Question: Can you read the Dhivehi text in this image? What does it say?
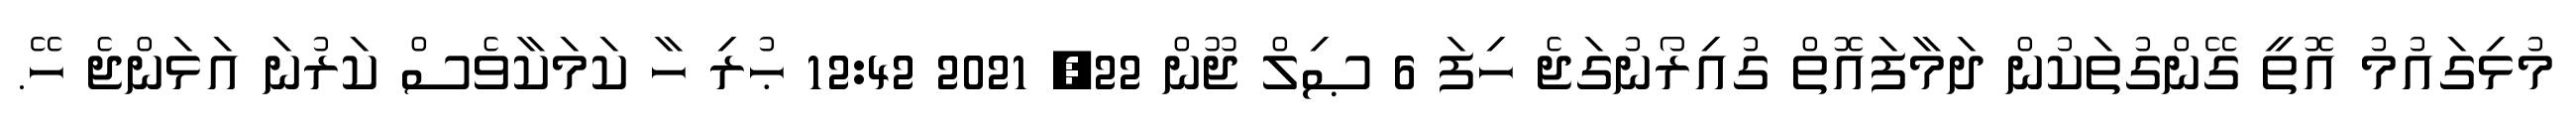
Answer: މުޅިގައުމު އޮތީ ގޭންގުތަކުން ދަމާފައޮތް ގުއިރޯނުގަޖެ ހިފަ 6 ޞިލް ޖޫން 22, 2021 12:42 ޙުރި ހާ ކަމަކާވެސް ކަރުނަ އަޅަންޖެ ހޭ.